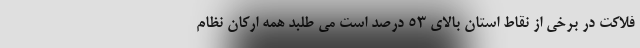
فلاکت در برخی از نقاط استان بالای ۵۳ درصد است می طلبد همه ارکان نظام